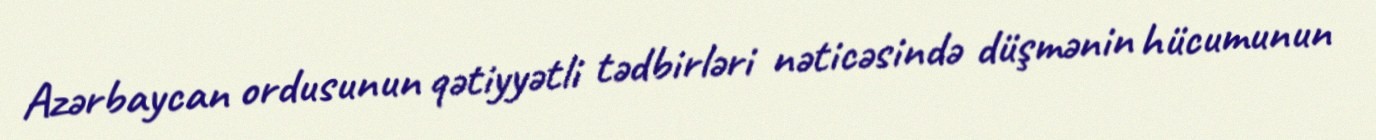
Azərbaycan ordusunun qətiyyətli tədbirləri nəticəsində düşmənin hücumunun